Calcutta medical institutions reports 1871-78
Year: 1871
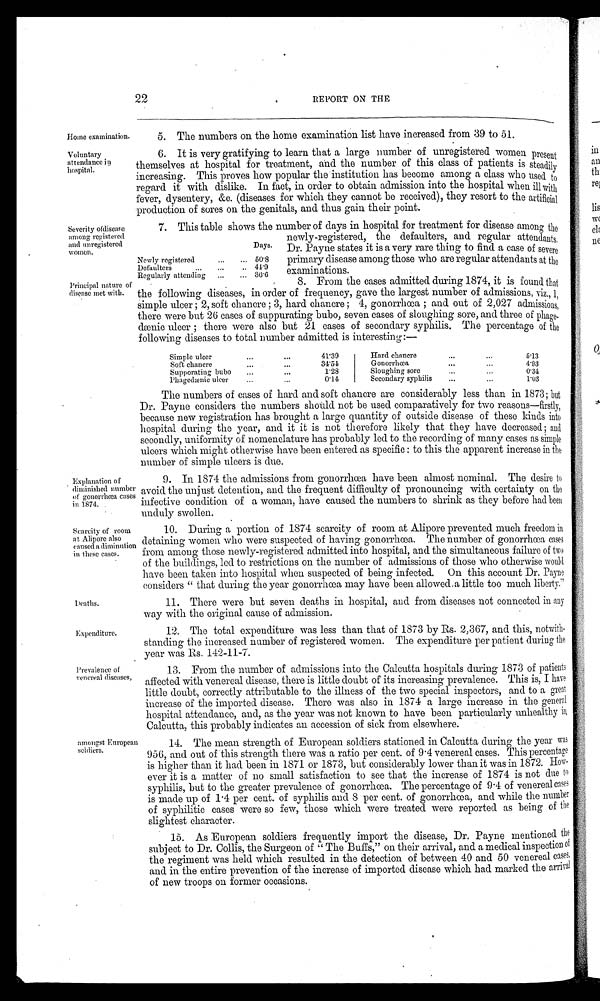
Home examination.
Principal nature of
disease met with.
Explanation of
diminished number
of gonorrhœa cases
in 1874.
Scarcity of room
at Alipore also
caused a diminution
in these cases.
Voluntary
at t endance i n
hospital.
Severity of disease
among registered
and unregistered
women.
22
REPORT ON THE
Deaths.
Expenditure.
Prevalence of
venereal diseases,
amongst European
soldiers.
5.
The numbers on the home examination list have increased from 39 to 51.
6.
It is very gratifying to learn that a large number of unregistered women present
themselves at hospital for treatment, and the number of this class of patients is steadily
increasing. This proves how popular the institution has become among a class who used to
regard it with dislike. In fact, in order to obtain admission into the hospital when ill with
fever, dysentery, &c. (diseases for which they cannot be received), they resort to the artificial
production of sores on the genitals, and thus gain their point.
7.
This table shows the number of days in hospital for treatment for disease among the
newly-registered, the defaulters, and regular attendants.
Dr. Payne states it is a very rare thing to find a case of severe
primary disease among those who are regular attendants at the
examinations.
8.
8 . F r o m t h e c a s e s a d m i t t e d d u r i n g 1 8 7 4 , i t i s f o u n d t h a t t h e f o l l o w i n g d i s e a s e s , i n o r d e r o f f r e q u e n c y , g a v e t h e l a r g e s t n u m b e r o f a d m i s s i o n s ,
v i z . ,1,
simple ulcer; 2, soft chancre; 3, hard chancre; 4, gonorrhœa; and out of 2,027 admissions,
there were but 26 cases of suppurating bubo, seven cases of sloughing sore, and three of
p h a g e - d æ o n i c u l c e r ; t h e r e w e r e a l s o b u t 2 1 c a s e s o f s e c o n d a r y s y p h i l i s . T h e p e r c e n t a g e o f t h e
following diseases to total number admitted is interesting:—
Simple ulcer
41.39
Hard chancre
5.13
Soft chancre
31.51
Gonorrhœa
4 . 9 3
Supporating bubo
1.28
Sloughing sore
0 . 3 4
Phagedænic ulcer
0.14
Secondary syphilis
1 . 0 3
The numbers of cases of hard and soft chancre are considerably less than in 1873; but
Dr. Payne considers the numbers should not be used comparatively for two reasons—firstly,
because new registration has brought a large quantity of outside disease of these kinds into
hospital during the year, and it it is not therefore likely that they have decreased; and
secondly, uniformity of nomenclature has probably led to the recording of many cases as simple
ulcers which might otherwise have been entered as specific: to this the apparent increase in the
number of simple ulcers is due.
9. In 1874 the admissions from gonorrhœa have been almost nominal. The desire to
avoid. the unjust detention, and the frequent difficulty of pronouncing with certainty on the
infective condition of a woman, have caused the numbers to shrink as they before had been
unduly swollen.
10. During a portion of 1874 scarcity of room at Alipore prevented much freedom in
detaining women who were suspected of having gonorrhœa. The number of gonorrhœa cases
from among those newly-registered admitted into hospital, and the simultaneous failure of two
of the buildings, led to restrictions on the number of admissions of those who otherwise would
have been taken into hospital when suspected of being infected. On this account Dr. Payne
considers "that during the year gonorrhœa may have been allowed a little too much liberty."
11. There were but seven deaths in hospital, and from diseases not connected in any
way with the original cause of admission.
12. The total expenditure was less than that of 1873 by Rs. 2,367, and this, notwith
- s t a n d i n g t h e i n c r e a s e d n u m b e r o f r e g i s t e r e d w o m e n . T h e e x p e n d i t u r e p e r p a t i e n t d u r i n g t h e
year was Rs. 142-11-7.
13. From the number of admissions into the Calcutta hospitals during 1873 of patients
affected with venereal disease, there is little doubt of its increasing prevalence. This is, I have
little doubt, correctly attributable to the illness of the two special inspectors, and to a great
increase of the imported disease. There was also in 1874 a large increase in the general
hospital attendance, and, as the year was not known to have been particularly unhealthy
i n C a l c u t t a , t h i s p r o b a b l y i n d i c a t e s a n a c c e s s i o n o f s i c k f r o m e l s e w h e r e .
14. The mean strength of European soldiers stationed in Calcutta during the year was
956, and out of this strength there was a ratio per cent. of 9 . 4 venereal cases. This percentage
is higher than it had been in 1871 or 1873, but considerably lower than it was in 1872.
H o w - e v e r i t i s a m a t t e r o f n o s m a l l s a t i s f a c t i o n t o s e e t h a t t h e i n c r e a s e o f 1 8 7 4 i s n o t d u e
t o
syphilis, but to the greater prevalence of gonorrhœa. The percentage of 9 .4 of venereal c a s e s
is made up of 1.4 per cent. of syphilis and 8 per cent. of gonorrhœa, and while the number
of syphilitic cases were so few, those which were treated were reported as being of the
slightest character.
15. As European soldiers frequently import the disease, Dr. Payne mentioned the
subject to Dr. Collis, the Surgeon of "The Buffs," on their arrival, and a medical inspection of
the regiment was held which resulted in the detection of between 40 and 50 venereal cases,
and in the entire prevention of the increase of imported disease which had marked the arrival
of new troops on former occasions.
Days.
Newly registered
50.8
Defaulters
44.9
Regularly attending
3 6 . 6